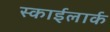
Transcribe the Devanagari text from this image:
स्काईलार्क